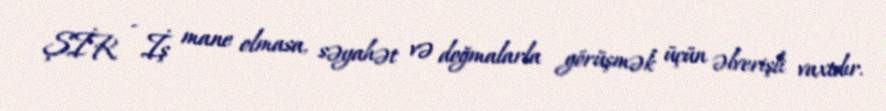
ŞİR - İş mane olmasa, səyahət və doğmalarla görüşmək üçün əlverişli vaxtdır.